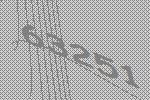
63251